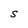
Character: S